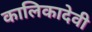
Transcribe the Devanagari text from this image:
कालिकादेवी